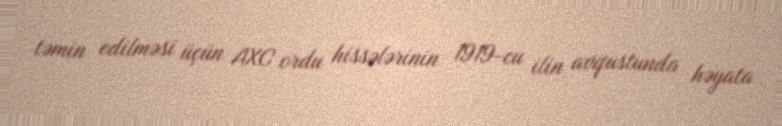
təmin edilməsi üçün AXC ordu hissələrinin 1919-cu ilin avqustunda həyata